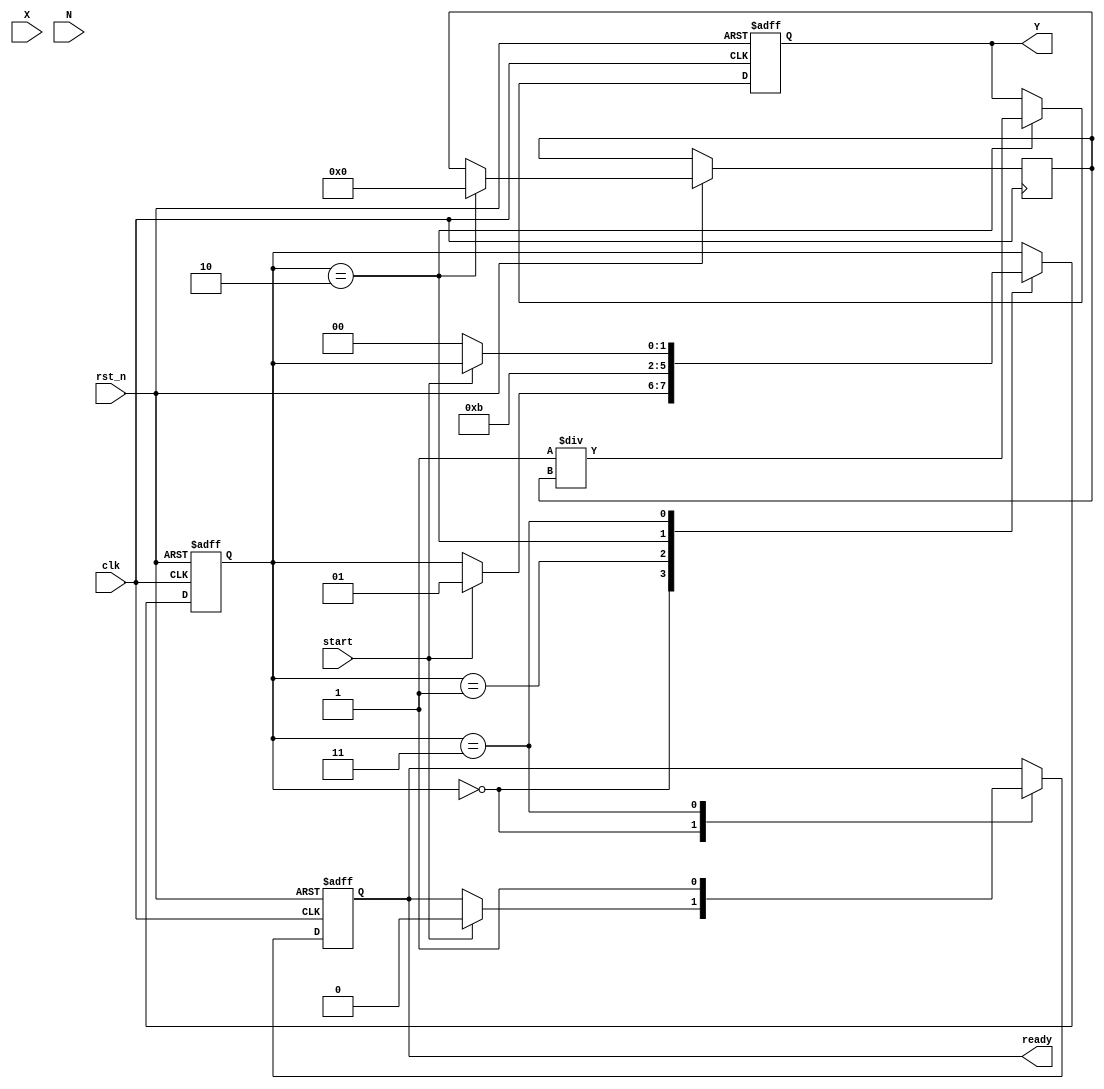
module fractional_order_reciprocal (
    input wire clk,                // Clock signal
    input wire rst_n,              // Active-low reset
    input wire [15:0] X,           // Input variable (fixed-point representation)
    input wire [15:0] N,           // Fractional order (fixed-point representation)
    input wire start,              // Start signal for computation
    output reg [31:0] Y,           // Output result (fixed-point representation)
    output reg ready               // Ready signal to indicate completion
);

    // Internal signals
    reg [31:0] log_X;              // Logarithm of X
    reg [31:0] exp_result;         // Exponential result
    reg [31:0] N_times_log_X;      // N * log(X)
    reg [1:0] state;               // State for FSM
    reg [31:0] intermediate;        // Intermediate result for calculations

    // State encoding
    localparam IDLE = 2'b00;
    localparam COMPUTE_LOG = 2'b01;
    localparam COMPUTE_EXP = 2'b10;
    localparam DONE = 2'b11;

    // Logarithm and Exponential functions (simple approximation)
    function [31:0] log2;
        input [15:0] x;
        begin
            log2 = 32'd0; // Placeholder for logarithm calculation
            // Implement logarithm calculation here (e.g., CORDIC, LUT, etc.)
        end
    endfunction

    function [31:0] exp2;
        input [31:0] x;
        begin
            exp2 = 32'd0; // Placeholder for exponential calculation
            // Implement exponential calculation here (e.g., CORDIC, LUT, etc.)
        end
    endfunction

    // FSM process
    always @(posedge clk or negedge rst_n) begin
        if (!rst_n) begin
            state <= IDLE;
            Y <= 32'd0;
            ready <= 1'b0;
        end else begin
            case (state)
                IDLE: begin
                    if (start) begin
                        log_X <= log2(X); // Compute log(X)
                        state <= COMPUTE_LOG;
                        ready <= 1'b0;
                    end
                end

                COMPUTE_LOG: begin
                    N_times_log_X <= N * log_X; // Compute N * log(X)
                    state <= COMPUTE_EXP;
                end

                COMPUTE_EXP: begin
                    exp_result <= exp2(N_times_log_X); // Compute e^(N * log(X))
                    Y <= 32'd1 / exp_result; // Compute 1 / (X^N)
                    state <= DONE;
                end

                DONE: begin
                    ready <= 1'b1; // Indicate computation is done
                    if (!start) begin
                        state <= IDLE; // Reset state if not starting again
                    end
                end

                default: state <= IDLE;
            endcase
        end
    end

endmodule